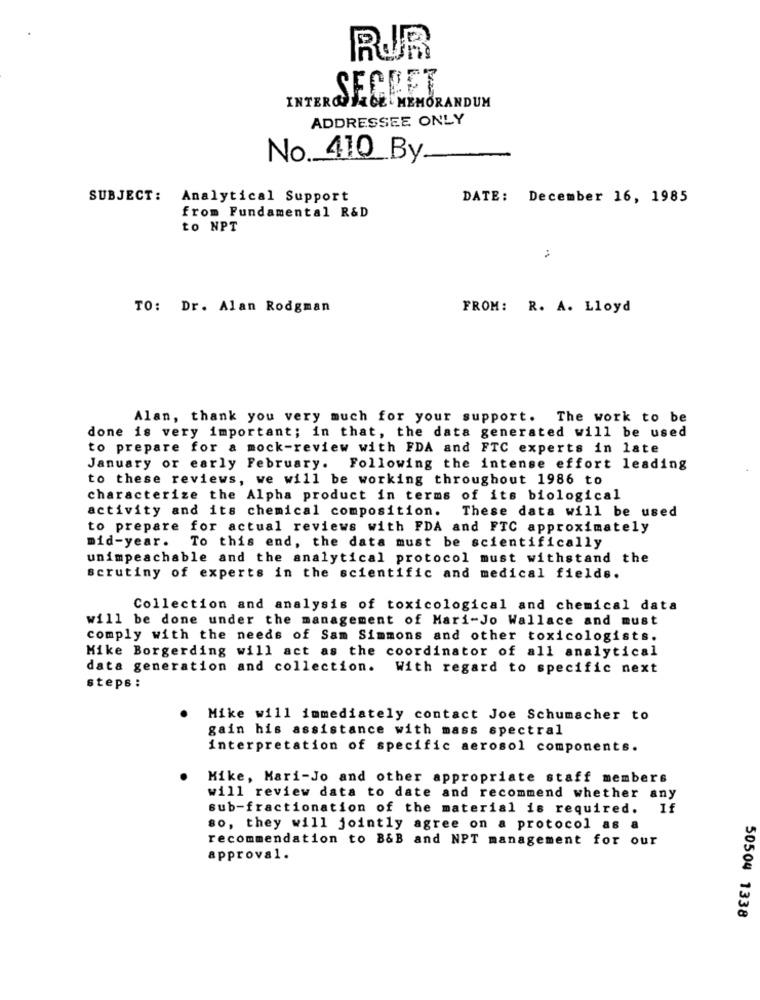
RUR
INTEROOFECE MEMORANDUM
ADDRESSEE ONLY
No. 410 By.
-
SUBJECT:
Analytical Support
DATE: December 16, 1985
from Fundamental R&D
to NPT
TO: Dr. Alan Rodgman
FROM: R. A. Lloyd
Alan, thank you very much for your support. The work to be
done is very important; in that, the data generated will be used
to prepare for a mock-review with FDA and FTC experts in late
January or early February. Following the intense effort leading
to these reviews, we will be working throughout 1986 to
characterize the Alpha product in terms of its biological
activity and its chemical composition.
These data will be used
to prepare for actual reviews with FDA and FTC approximately
mid-year. To this end, the data must be scientifically
unimpeachable and the analytical protocol must withstand the
scrutiny of experts in the scientific and medical fields.
Collection and analysis of toxicological and chemical data
will be done under the management of Mari-Jo Wallace and must
comply with the needs of Sam Simmons and other toxicologists.
Mike Borgerding will act as the coordinator of all analytical
data generation and collection. With regard to specific next
steps :
Mike will immediately contact Joe Schumacher to
gain his assistance with mass spectral
interpretation of specific aerosol components.
Mike, Mari-Jo and other appropriate staff members
will review data to date and recommend whether any
sub-fractionation of the material is required.
If
so, they will jointly agree on a protocol as a
recommendation to B&B and NPT management for our
approval.
50504 1338